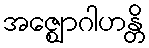
အဇ္ဈောဂါဟန္တိ